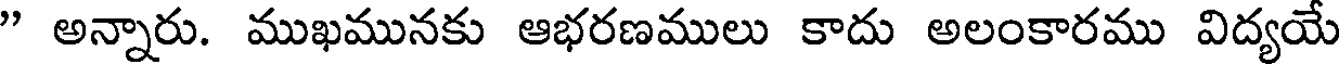
" అన్నారు. ముఖమునకు ఆభరణములు కాదు అలంకారము విద్యయే